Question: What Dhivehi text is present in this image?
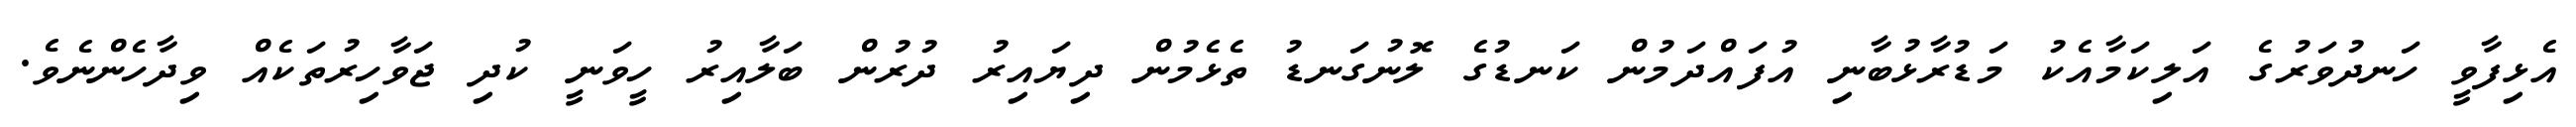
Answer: އެޅިފާވީ ހަނދުވަރުގެ އަލިކަމާއެކު މަޑުރާޅުބާނި އުފައްދަމުން ކަނޑުގެ ލޮނުގަނޑު ތެޅެމުން ދިޔައިރު ދުރުން ބަލާއިރު ހީވަނީ ކުދި ޖަވާހިރުތަކެއް ވިދާހެންނެވެ.